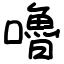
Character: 嚕